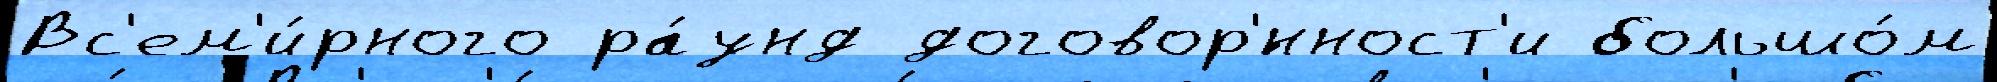
Вс'ем'и́рного ра́унд договор'́нност'и большо́м